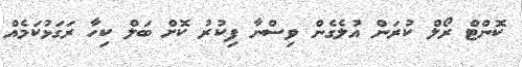
ކޮންޓް ރޯލް ކުރަން އުލެގެން ވިސްނާ ފިކުރު ކޮށް ބަލް ކިހާ ރަގަޅުކަމެއް